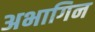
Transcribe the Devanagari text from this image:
अभागिन